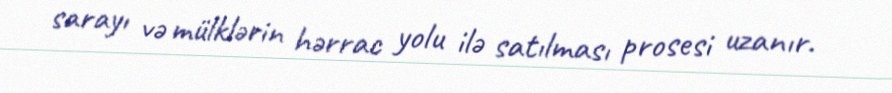
sarayı və mülklərin hərrac yolu ilə satılması prosesi uzanır.